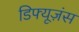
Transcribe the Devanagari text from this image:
डिफ्यूज़ंस